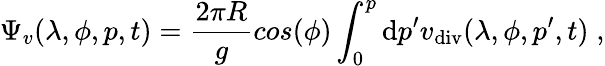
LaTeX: \Psi_{v}(\lambda,\phi,p,t)=\frac{2\pi R}{g}cos(\phi)\int_{0}^{p}\mathrm{d}p^{\prime}v_{\mathrm{div}}(\lambda,\phi,p^{\prime},t)\; ,